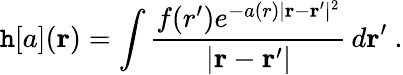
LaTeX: \mathtt{h}[a](\mathbf{{r}})=\int\frac{{f(r^{\prime})e^{-a(r)|\mathbf{{r}}-\mathbf{{r}}^{\prime}|^{2}}}}{{|\mathbf{{r}}-\mathbf{{r}}^{\prime}|}}\, d\mathbf{{r}}^{\prime}\ .